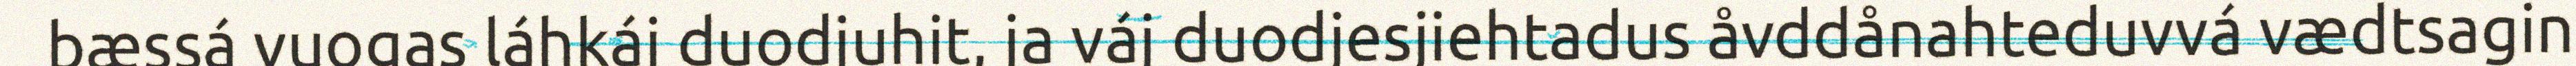
bæssá vuogas láhkáj duodjuhit, ja váj duodjesjiehtadus åvddånahteduvvá vædtsagin